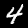
Digit: 4